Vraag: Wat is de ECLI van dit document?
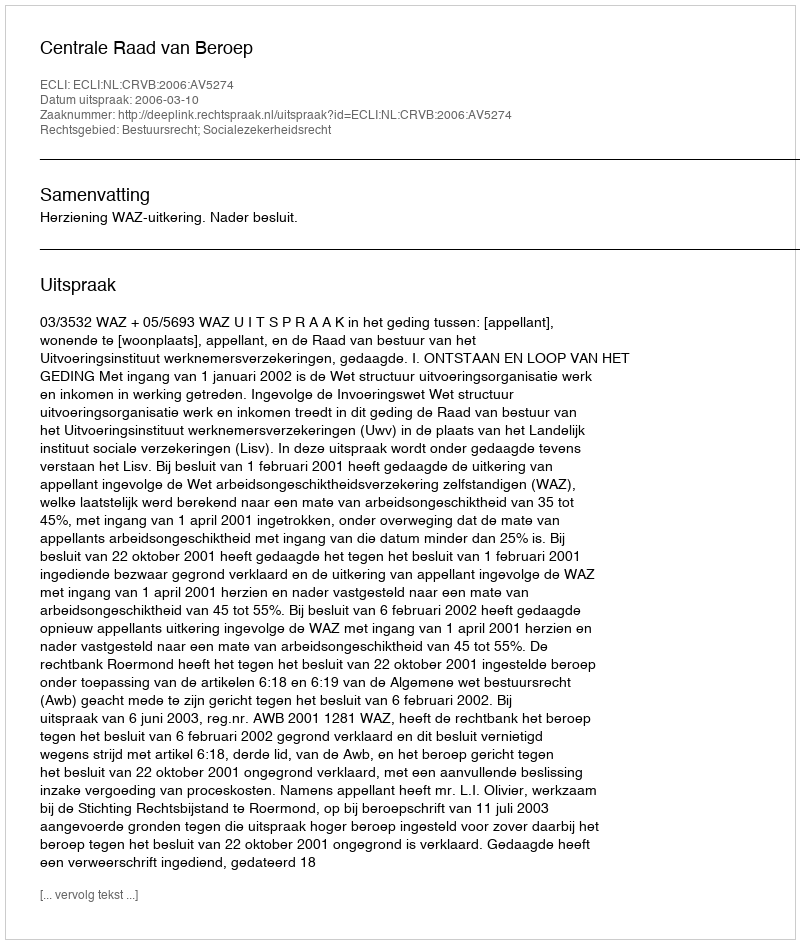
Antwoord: ECLI:NL:CRVB:2006:AV5274